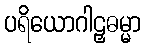
ပရိယောဂါဠှဓမ္မာ